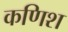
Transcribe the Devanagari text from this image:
कणिश